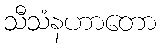
သီသံနဟာတော